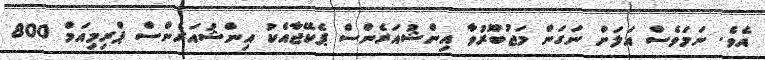
އެވެ. ނަމަވެސް އަލަށް ނަގަން މަޖުބޫރުވާ އިންޝުއަރެންސް ޕެކޭޖާއެކު އިންޝުއަރެންސް ޕްރިމިއަމް 800